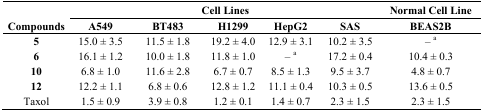
<table><thead><tr><td></td><td colspan="5"><b>Cell Lines</b></td><td><b>Normal Cell Line</b></td></tr><tr><td><b>Compounds</b></td><td><b>A549</b></td><td><b>BT483</b></td><td><b>H1299</b></td><td><b>HepG2</b></td><td><b>SAS</b></td><td><b>BEAS2B</b></td></tr></thead><tbody><tr><td><b>5</b></td><td>15.0 ± 3.5</td><td>11.5 ± 1.8</td><td>19.2 ± 4.0</td><td>12.9 ± 3.1</td><td>10.2 ± 3.5</td><td>– <sup>a</sup></td></tr><tr><td><b>6</b></td><td>16.1 ± 1.2</td><td>10.0 ± 1.8</td><td>11.8 ± 1.0</td><td>– <sup>a</sup></td><td>17.2 ± 0.4</td><td>10.4 ± 0.3</td></tr><tr><td><b>10</b></td><td>6.8 ± 1.0</td><td>11.6 ± 2.8</td><td>6.7 ± 0.7</td><td>8.5 ± 1.3</td><td>9.5 ± 3.7</td><td>4.8 ± 0.7</td></tr><tr><td><b>12</b></td><td>12.2 ± 1.1</td><td>6.8 ± 0.6</td><td>12.8 ± 1.2</td><td>11.1 ± 0.4</td><td>10.3 ± 0.5</td><td>13.6 ± 0.5</td></tr><tr><td>Taxol</td><td>1.5 ± 0.9</td><td>3.9 ± 0.8</td><td>1.2 ± 0.1</td><td>1.4 ± 0.7</td><td>2.3 ± 1.5</td><td>2.3 ± 1.5</td></tr></tbody></table>